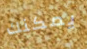
يمكنك